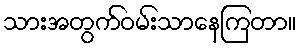
သားအတွက်ဝမ်းသာနေကြတာ။